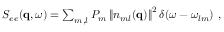
\begin{array} { r } { S _ { e e } ( \mathbf { q } , \omega ) = \sum _ { m , l } P _ { m } \left\| { n } _ { m l } ( \mathbf { q } ) \right\| ^ { 2 } \delta ( \omega - \omega _ { l m } ) \ , } \end{array}